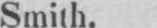
Smith.